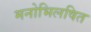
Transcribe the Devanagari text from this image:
मनोभिलषित